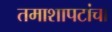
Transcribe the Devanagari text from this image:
तमाशापटांचा